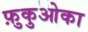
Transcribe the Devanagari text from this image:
फ़ुकुओका